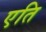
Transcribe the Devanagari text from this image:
एति